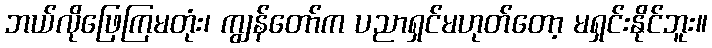
ဘယ်လိုဖြေကြမတုံး၊ ကျွန်တော်က ပညာရှင်မဟုတ်တော့ မရှင်းနိုင်ဘူး။